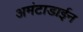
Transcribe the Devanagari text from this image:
अमंटाडाईन